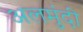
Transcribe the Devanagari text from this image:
अलमुंदी